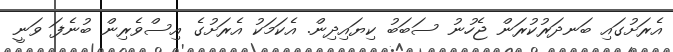
އެރަށުގައި ބަނދަރުކުރަން ޖެހުނު ސަބަބު ކިޔައިދިން. އެކަމަކު އެރަށުގެ އިސްވެރިން ބުނެފަ ވަނީ